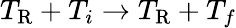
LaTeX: T_{\mathrm{R}}+T_{i}\rightarrow T_{\mathrm{R}}+T_{f}